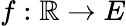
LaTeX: f:\mathbb{R}\to E